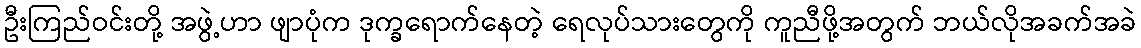
ဦးကြည်ဝင်းတို့ အဖွဲ့ဟာ ဖျာပုံက ဒုက္ခရောက်နေတဲ့ ရေလုပ်သားတွေကို ကူညီဖို့အတွက် ဘယ်လိုအခက်အခဲ